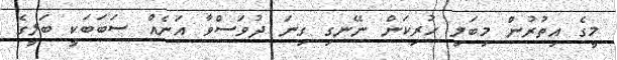
މީގެ އިތުރުން މިބަލި ހުރިކަން ނޭނގި ގިނަ ދުވަސްވާ އަނެއް ސަބަބަކީ ބަލީގެ